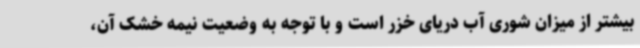
بیشتر از میزان شوری آب دریای خزر است و با توجه به وضعیت نیمه خشک آن،